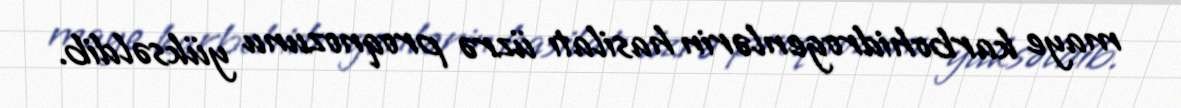
maye karbohidrogenlərin hasilatı üzrə proqnozunu yüksəldib.